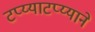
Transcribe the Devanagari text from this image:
टप्य्याटप्य्याने